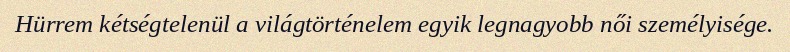
Hürrem kétségtelenül a világtörténelem egyik legnagyobb női személyisége.